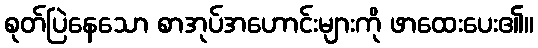
စုတ်ပြဲနေသော စာအုပ်အဟောင်းများကို ဖာထေးပေး၏။